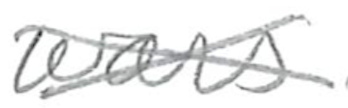
Text: wars
Cross-out: cross
Writing tool: pencil